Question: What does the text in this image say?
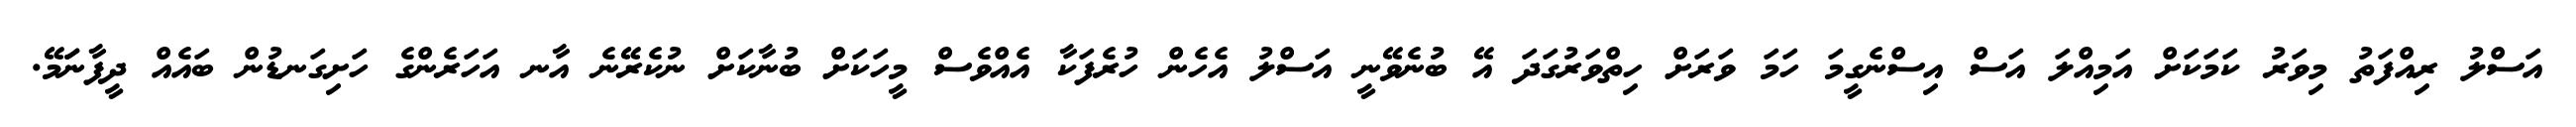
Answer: އަސްލު ރިއްފަތު މިވަރު ކަމަކަށް އަމިއްލަ އަސް އިސްނެގީމަ ހަމަ ވަރަށް ހިތްވަރުގަދަ އޭ ބުނެވޭނީ އަސްލު އެހެން ހުރެފަކާ އެއްވެސް މީހަކަށް ބުނާކަށް ނުކެރޭނެ އާނ އަހަރެންގެ ހަށިގަނޑުން ބައެއް ދީފާނަަމޭ.